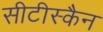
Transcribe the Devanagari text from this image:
सीटीस्कैन